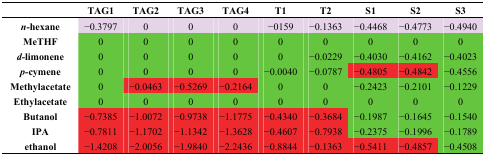
<table><thead><tr><td></td><td><b>TAG1</b></td><td><b>TAG2</b></td><td><b>TAG3</b></td><td><b>TAG4</b></td><td><b>T1</b></td><td><b>T2</b></td><td><b>S1</b></td><td><b>S2</b></td><td><b>S3</b></td></tr></thead><tbody><tr><td><b><i>n-</i>hexane</b></td><td>−0.3797</td><td>0</td><td>0</td><td>0</td><td>−0159</td><td>−0.1363</td><td>−0.4468</td><td>−0.4773</td><td>−0.4940</td></tr><tr><td><b>MeTHF</b></td><td>0</td><td>0</td><td>0</td><td>0</td><td>0</td><td>0</td><td>0</td><td>0</td><td>0</td></tr><tr><td><b><i>d-</i>limonene</b></td><td>0</td><td>0</td><td>0</td><td>0</td><td>0</td><td>−0.0229</td><td>−0.4030</td><td>−0.4162</td><td>−0.4023</td></tr><tr><td><b><i>p-</i>cymene</b></td><td>0</td><td>0</td><td>0</td><td>0</td><td>−0.0040</td><td>−0.0787</td><td>−0.4805</td><td>−0.4842</td><td>−0.4556</td></tr><tr><td><b>Methylacetate</b></td><td>0</td><td>−0.0463</td><td>−0.5269</td><td>−0.2164</td><td>0</td><td>0</td><td>−0.2423</td><td>−0.2101</td><td>−0.1229</td></tr><tr><td><b>Ethylacetate</b></td><td>0</td><td>0</td><td>0</td><td>0</td><td>0</td><td>0</td><td>0</td><td>0</td><td>0</td></tr><tr><td><b>Butanol</b></td><td>−0.7385</td><td>−1.0072</td><td>−0.9738</td><td>−1.1775</td><td>−0.4340</td><td>−0.3684</td><td>−0.1987</td><td>−0.1645</td><td>−0.1540</td></tr><tr><td><b>IPA</b></td><td>−0.7811</td><td>−1.1702</td><td>−1.1342</td><td>−1.3628</td><td>−0.4607</td><td>−0.7938</td><td>−0.2375</td><td>−0.1996</td><td>−0.1789</td></tr><tr><td><b>ethanol</b></td><td>−1.4208</td><td>−2.0056</td><td>−1.9840</td><td>−2.2436</td><td>−0.8844</td><td>−0.1363</td><td>−0.5411</td><td>−0.4857</td><td>−0.4508</td></tr></tbody></table>